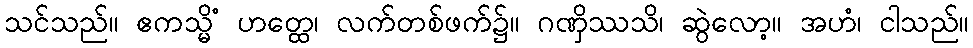
သင်သည်။ ဧကသ္မိံ ဟတ္ထေ၊ လက်တစ်ဖက်၌။ ဂဏှိဿသိ၊ ဆွဲလော့။ အဟံ၊ ငါသည်။